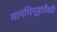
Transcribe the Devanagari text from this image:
मानचिन्हांपैकी